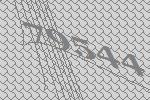
79544